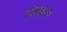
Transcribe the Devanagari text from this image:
पिक्‌स